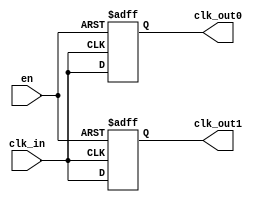
module basic_clock_buffer (
    input wire clk_in,      // Clock Input
    input wire en,         // Enable Signal
    output reg clk_out0,   // First Clock Output
    output reg clk_out1    // Second Clock Output
    // You can add more outputs as needed
);

// Parameter for propagation delay
parameter PROP_DELAY = 5; // Example propagation delay in time units

// Always block to drive the outputs based on the input clock and enable signal
always @(posedge clk_in or negedge en) begin
    if (!en) begin
        // If disabled, set outputs low (or tri-stated, depending on design)
        clk_out0 <= 1'b0;
        clk_out1 <= 1'b0;
    end else begin
        // Propagate the input clock signal to the outputs after a delay
        clk_out0 <= #PROP_DELAY clk_in;
        clk_out1 <= #PROP_DELAY clk_in;
    end
end

endmodule